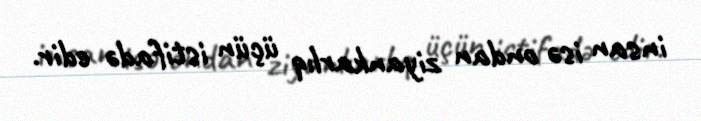
insan isə ondan ziyankarlıq üçün istifadə edir.